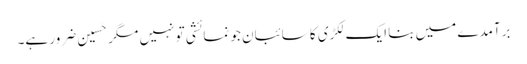
برآمدے میں بنا ایک لکڑی کا سائبان جو نمائشی تو نہیں مگر حَسِین ضرور ہے۔